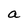
Character: a